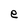
Character: e